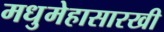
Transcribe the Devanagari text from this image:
मधुमेहासारखी